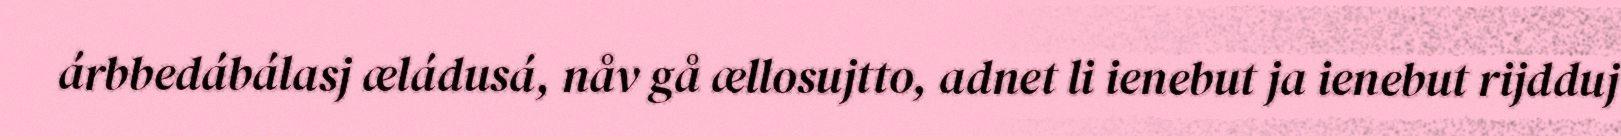
árbbedábálasj æládusá, nåv gå ællosujtto, adnet li ienebut ja ienebut rijdduj